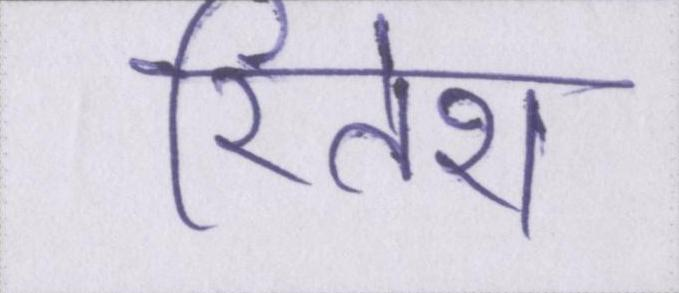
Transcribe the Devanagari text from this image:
रितेश